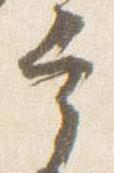
宰